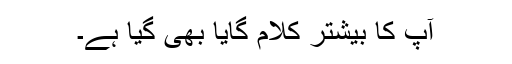
آپ کا بیشتر کلام گایا بھی گیا ہے۔